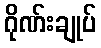
ဂိုဏ်းချုပ်